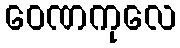
ဝေဏကုလေ